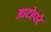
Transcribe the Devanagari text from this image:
आटोपरे